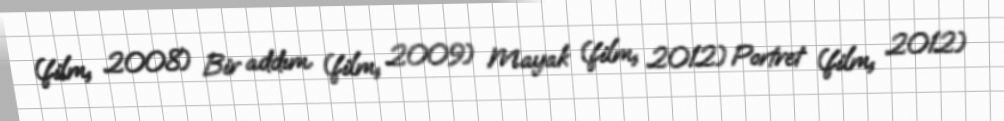
(film, 2008) Bir addım (film, 2009) Mayak (film, 2012) Portret (film, 2012)